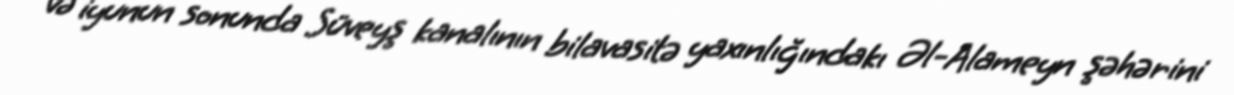
və iyunun sonunda Süveyş kanalının bilavasitə yaxınlığındakı Əl-Alameyn şəhərini